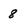
Character: 8